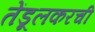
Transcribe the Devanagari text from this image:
तेंडूलकरची